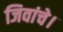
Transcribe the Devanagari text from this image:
जिवांचे।